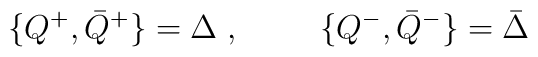
\{ Q^+ , {\bar Q}^+ \} = \Delta \; , \hspace{1cm}\{ Q^- , {\bar Q}^- \} = {\bar \Delta}